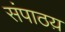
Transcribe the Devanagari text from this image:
संपाठय़